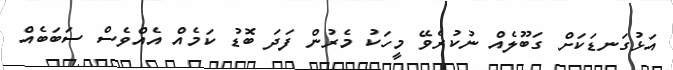
އަޅުގަނޑަކަށް ގަބޫލެއް ނުކުރެވޭ މީހަކު މެރުން ފަދަ ބޮޑު ކަމެއް އެއްވެސް ސަބަބެއް